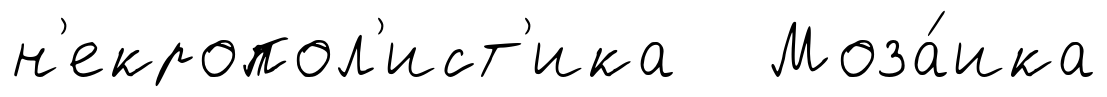
н'екропол'ист'ика Моза́ика